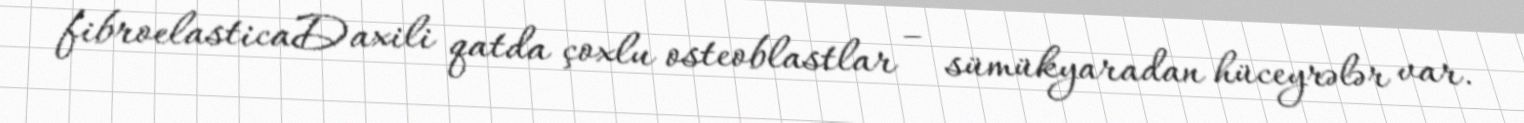
fibroelasticaDaxili qatda çoxlu osteoblastlar – sümükyaradan hüceyrələr var.